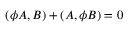
( \phi A , B ) + ( A , \phi B ) = 0